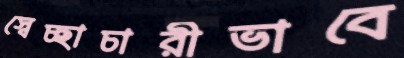
স্বেচ্ছাচারীভাবে